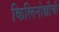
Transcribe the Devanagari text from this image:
किलिनोच्चीची